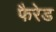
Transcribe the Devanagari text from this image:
फैरेड